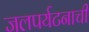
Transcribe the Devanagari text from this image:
जलपर्यटनाची